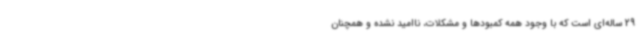
29 ساله‌ای است که با وجود همه کمبودها و مشکلات، ناامید نشده و همچنان